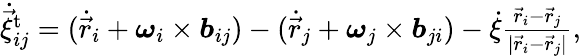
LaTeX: \begin{array}{r}{\dot{\vec{\xi}}_{ij}^{\mathrm{t}}=(\dot{\vec{r}}_{i}+\boldsymbol{\omega}_{i}\times\boldsymbol{b}_{ij})-(\dot{\vec{r}}_{j}+\boldsymbol{\omega}_{j}\times\boldsymbol{b}_{ji})-\dot{\xi}\frac{\vec{r}_{i}-\vec{r}_{j}}{|\vec{r}_{i}-\vec{r}_{j}|},}\end{array}